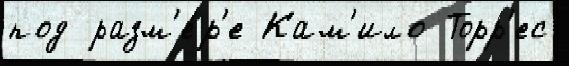
под разм'е́р'е Кам'ило Торр'ес